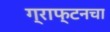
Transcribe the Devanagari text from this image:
ग्राफ्टनचा